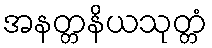
အနတ္တနိယသုတ္တံ